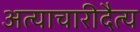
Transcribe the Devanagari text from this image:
अत्याचारीदैत्य